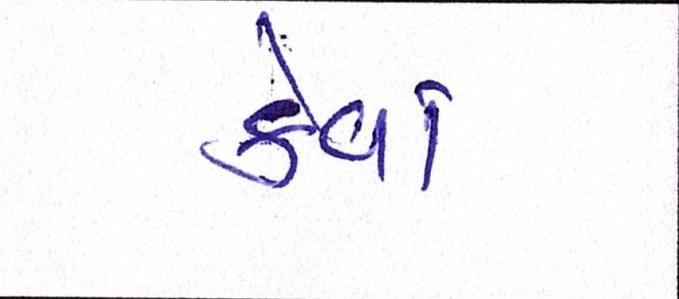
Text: કેવાં